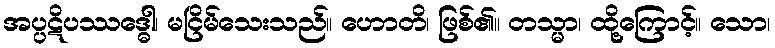
အပ္ပဋိပဿဒ္ဓေါ၊ မငြိမ်သေးသည်။ ဟောတိ၊ ဖြစ်၏။ တသ္မာ၊ ထို့ကြောင့်။ သော၊